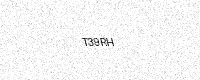
Text: T39RH